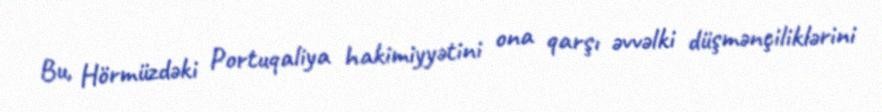
Bu, Hörmüzdəki Portuqaliya hakimiyyətini ona qarşı əvvəlki düşmənçiliklərini